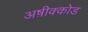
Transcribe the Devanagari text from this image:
अष़ीक्कोड